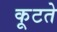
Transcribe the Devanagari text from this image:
कूटते